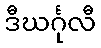
ဒီဃင်္ဂုလီ